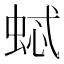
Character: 𱿢